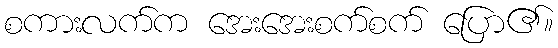
စကားလက်က အေးအေးစက်စက် ပြော၏။